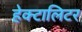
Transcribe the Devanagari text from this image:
हेक्टालिटर